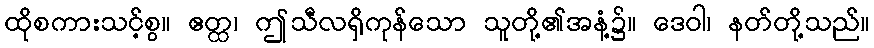
ထိုစကားသင့်စွ။ ဧတ္ထ၊ ဤသီလရှိကုန်သော သူတို့၏အနံ့၌။ ဒေဝါ၊ နတ်တို့သည်။